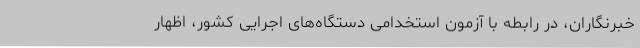
خبرنگاران، در رابطه با آزمون استخدامی دستگاه‌های اجرایی کشور، اظهار